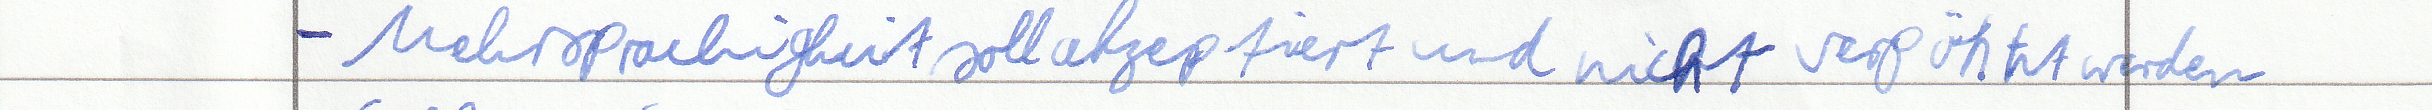
- Mehsprachigkeit soll akzeptiert und nicht verpöhnt werden